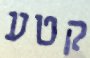
קטע